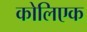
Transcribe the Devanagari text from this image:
कोलिएक